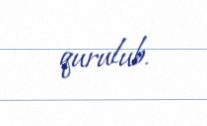
qurulub.